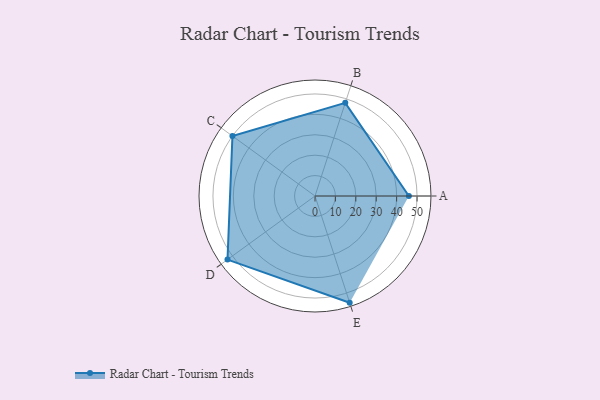
{"axis": {"x": "Skill", "y": "Score"}, "legend": ["Profile"], "data": [{"x": "A", "y": 46.0, "type": "Profile"}, {"x": "B", "y": 48.0, "type": "Profile"}, {"x": "C", "y": 50.0, "type": "Profile"}, {"x": "D", "y": 53.0, "type": "Profile"}, {"x": "E", "y": 55.0, "type": "Profile"}]}